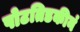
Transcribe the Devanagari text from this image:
पोटतिडकीनं